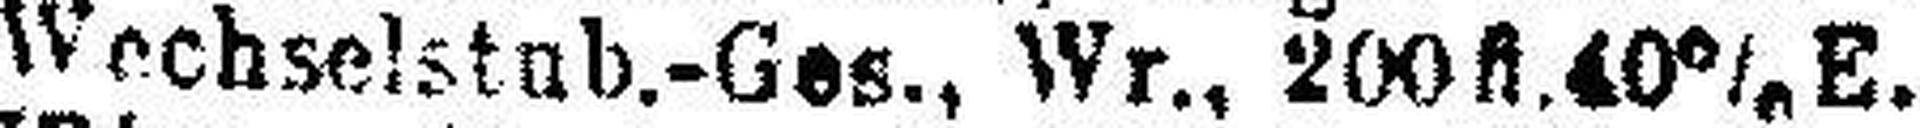
Wechselstub.-Ges., Wr., 200fl. 40% E.